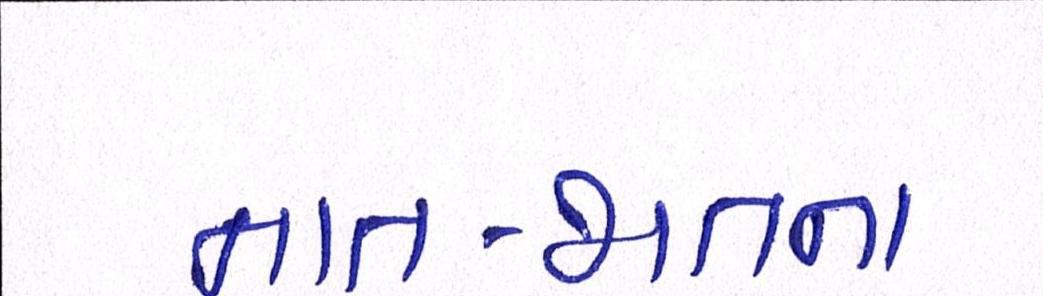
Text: નાત-જાતના